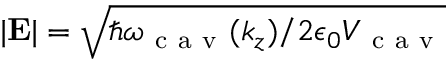
| { \bf { E } } | = \sqrt { \hbar \omega _ { \mathrm { ~ c ~ a ~ v ~ } } ( k _ { z } ) / 2 \epsilon _ { 0 } V _ { \mathrm { ~ c ~ a ~ v ~ } } }